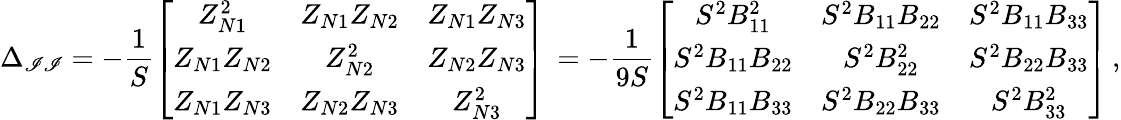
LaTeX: \Delta_{\mathscr{I}\mathscr{I}}=-\frac{{1}}{{S}}\left[\begin{array}{ccc}{Z_{N1}^{2}}&{Z_{N1}Z_{N2}}&{Z_{N1}Z_{N3}}\\ {Z_{N1}Z_{N2}}&{Z_{N2}^{2}}&{Z_{N2}Z_{N3}}\\ {Z_{N1}Z_{N3}}&{Z_{N2}Z_{N3}}&{Z_{N3}^{2}}\end{array}\right]\, =-\frac{{1}}{{9S}}\left[\begin{array}{ccc}{S^{2}B_{11}^{2}}&{S^{2}B_{11}B_{22}}&{S^{2}B_{11}B_{33}}\\ {S^{2}B_{11}B_{22}}&{S^{2}B_{22}^{2}}&{S^{2}B_{22}B_{33}}\\ {S^{2}B_{11}B_{33}}&{S^{2}B_{22}B_{33}}&{S^{2}B_{33}^{2}}\end{array}\right]\, ,